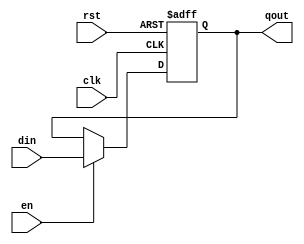
module register (
	input        rst ,
	input        clk ,
	input        en ,
	input  [3:0] din ,
	output [3:0] qout
);
	
	reg [3:0] qout;

	// Setting default values
	initial begin
		qout = 0;
	end

	// sequentioal_circuit of 4-bit register
	always @ (posedge clk or posedge rst) begin
		// Reset bits when rst = 1
		if (rst) qout = 4'b0000;
		// Writes data when en = 1 and rst = 0
		else if (en) qout = din;	 		
	end

endmodule